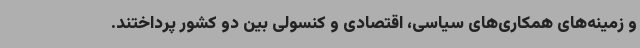
و زمینه‌های همکاری‌های سیاسی، اقتصادی و کنسولی بین دو کشور پرداختند.